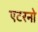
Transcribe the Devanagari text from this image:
एटरनो